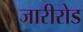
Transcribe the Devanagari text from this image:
जारीरोड